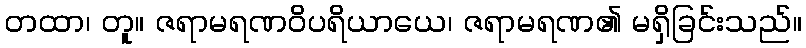
တထာ၊ တူ။ ဇရာမရဏဝိပရိယာယေ၊ ဇရာမရဏ၏ မရှိခြင်းသည်။